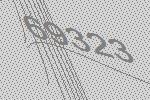
69323